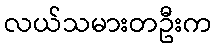
လယ်သမားတဦးက